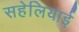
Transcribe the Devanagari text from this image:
सहेलियाई